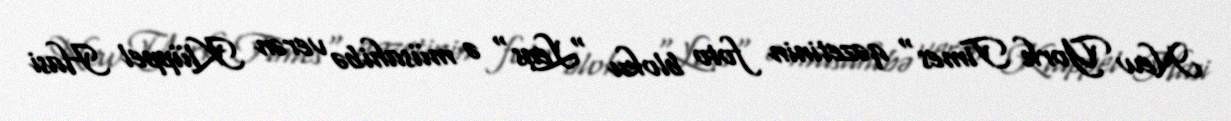
New York Times" qəzetinin foto bloku "Lens" ə müsahibə verən Klüppel Hasi